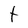
Character: t